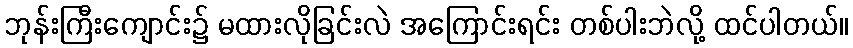
ဘုန်းကြီးကျောင်း၌ မထားလိုခြင်းလဲ အကြောင်းရင်း တစ်ပါးဘဲလို့ ထင်ပါတယ်။